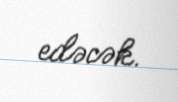
edəcək.